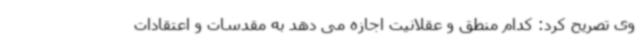
وی تصریح کرد: کدام منطق و عقلانیت اجازه می دهد به مقدسات و اعتقادات